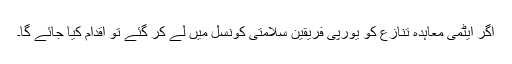
اگر ایٹمی معاہدہ تنازع کو یورپی فریقین سلامتی کونسل میں لے کر گئے تو اقدام کیا جائے گا۔